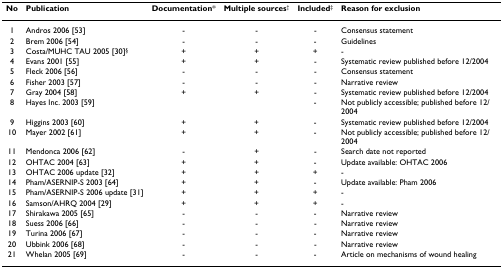
<table><thead><tr><td><b>No</b></td><td><b>Publication</b></td><td><b>Documentation*</b></td><td><b>Multiple sources<sup>†</sup></b></td><td><b>Included<sup>‡</sup></b></td><td><b>Reason for exclusion</b></td></tr></thead><tbody><tr><td>1</td><td>Andros 2006 [53]</td><td>-</td><td>-</td><td>-</td><td>Consensus statement</td></tr><tr><td>2</td><td>Brem 2006 [54]</td><td>-</td><td>-</td><td>-</td><td>Guidelines</td></tr><tr><td>3</td><td>Costa/MUHC TAU 2005 [30]<sup>§</sup></td><td>+</td><td>+</td><td>+</td><td>-</td></tr><tr><td>4</td><td>Evans 2001 [55]</td><td>+</td><td>+</td><td>-</td><td>Systematic review published before 12/2004</td></tr><tr><td>5</td><td>Fleck 2006 [56]</td><td>-</td><td>-</td><td>-</td><td>Consensus statement</td></tr><tr><td>6</td><td>Fisher 2003 [57]</td><td>-</td><td>-</td><td>-</td><td>Narrative review</td></tr><tr><td>7</td><td>Gray 2004 [58]</td><td>+</td><td>+</td><td>-</td><td>Systematic review published before 12/2004</td></tr><tr><td>8</td><td>Hayes Inc. 2003 [59]</td><td></td><td></td><td>-</td><td>Not publicly accessible; published before 12/2004</td></tr><tr><td>9</td><td>Higgins 2003 [60]</td><td>+</td><td>+</td><td>-</td><td>Systematic review published before 12/2004</td></tr><tr><td>10</td><td>Mayer 2002 [61]</td><td>+</td><td>+</td><td>-</td><td>Not publicly accessible; published before 12/2004</td></tr><tr><td>11</td><td>Mendonca 2006 [62]</td><td>-</td><td>+</td><td>-</td><td>Search date not reported</td></tr><tr><td>12</td><td>OHTAC 2004 [63]</td><td>+</td><td>+</td><td>-</td><td>Update available: OHTAC 2006</td></tr><tr><td>13</td><td>OHTAC 2006 update [32]</td><td>+</td><td>+</td><td>+</td><td>-</td></tr><tr><td>14</td><td>Pham/ASERNIP-S 2003 [64]</td><td>+</td><td>+</td><td>-</td><td>Update available: Pham 2006</td></tr><tr><td>15</td><td>Pham/ASERNIP-S 2006 update [31]</td><td>+</td><td>+</td><td>+</td><td>-</td></tr><tr><td>16</td><td>Samson/AHRQ 2004 [29]</td><td>+</td><td>+</td><td>+</td><td>-</td></tr><tr><td>17</td><td>Shirakawa 2005 [65]</td><td>-</td><td>-</td><td>-</td><td>Narrative review</td></tr><tr><td>18</td><td>Suess 2006 [66]</td><td>-</td><td>-</td><td>-</td><td>Narrative review</td></tr><tr><td>19</td><td>Turina 2006 [67]</td><td>-</td><td>-</td><td>-</td><td>Narrative review</td></tr><tr><td>20</td><td>Ubbink 2006 [68]</td><td>-</td><td>-</td><td>-</td><td>Narrative review</td></tr><tr><td>21</td><td>Whelan 2005 [69]</td><td>-</td><td>-</td><td>-</td><td>Article on mechanisms of wound healing</td></tr></tbody></table>